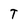
Character: T